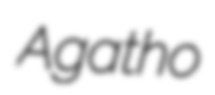
Agatho